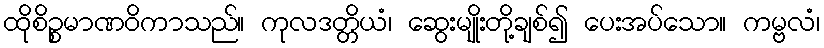
ထိုစိဉ္စမာဏဝိကာသည်။ ကုလဒတ္တိယံ၊ ဆွေးမျိုးတို့ချစ်၍ ပေးအပ်သော။ ကမ္ဗလံ၊